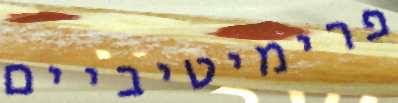
פרימיטיביים